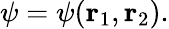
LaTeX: \psi=\psi(\mathbf{r}_{1},\mathbf{r}_{2}).